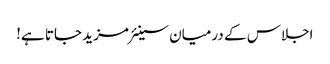
اجلاس کے درمیان سینئر مزید جاتا ہے!